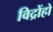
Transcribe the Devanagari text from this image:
विद्रोंहो